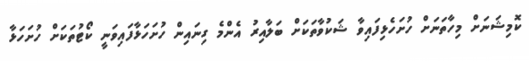
ކޮމިޝަނަށް މިހާތަަނަށް ހުށަހެޅިފައިވާ ޝަކުވާތަކަށް ބަލާއިރު އެންމެ ގިނައިން ހުށަހަޅާފައިވަނީ ކޯޓުތަކަށް ހުށަހަޅާ